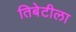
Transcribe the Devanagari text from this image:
तिबेटीला